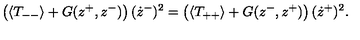
\left( \langle T _ { -- } \rangle + G ( z ^ { + } , z ^ { - } ) \right) ( \dot { z } ^ { - } ) ^ { 2 } = \left( \langle T _ { + + } \rangle + G ( z ^ { - } , z ^ { + } ) \right) ( \dot { z } ^ { + } ) ^ { 2 } .